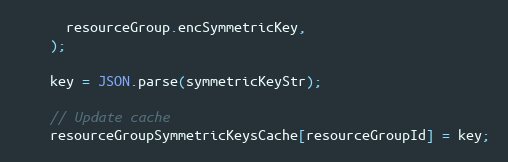
Language: JavaScript
      resourceGroup.encSymmetricKey,
    );

    key = JSON.parse(symmetricKeyStr);

    // Update cache
    resourceGroupSymmetricKeysCache[resourceGroupId] = key;